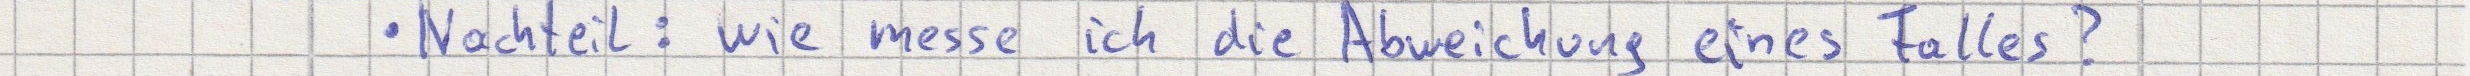
Nachteil: wie messe ich die Abweichung eines Falles?